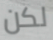
لكن